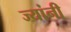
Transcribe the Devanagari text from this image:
ज्‍यांनी